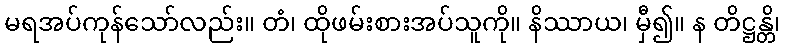
မရအပ်ကုန်သော်လည်း။ တံ၊ ထိုဖမ်းစားအပ်သူကို။ နိဿာယ၊ မှီ၍။ န တိဋ္ဌန္တိ၊